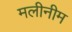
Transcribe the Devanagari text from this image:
मलीनीम